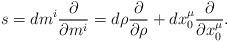
LaTeX: \begin{align*}s=dm^i{\partial\over \partial m^i}=d \rho{\partial\over \partial \rho}+dx_0^\mu{\partial\over \partial x_0^\mu}.\end{align*}